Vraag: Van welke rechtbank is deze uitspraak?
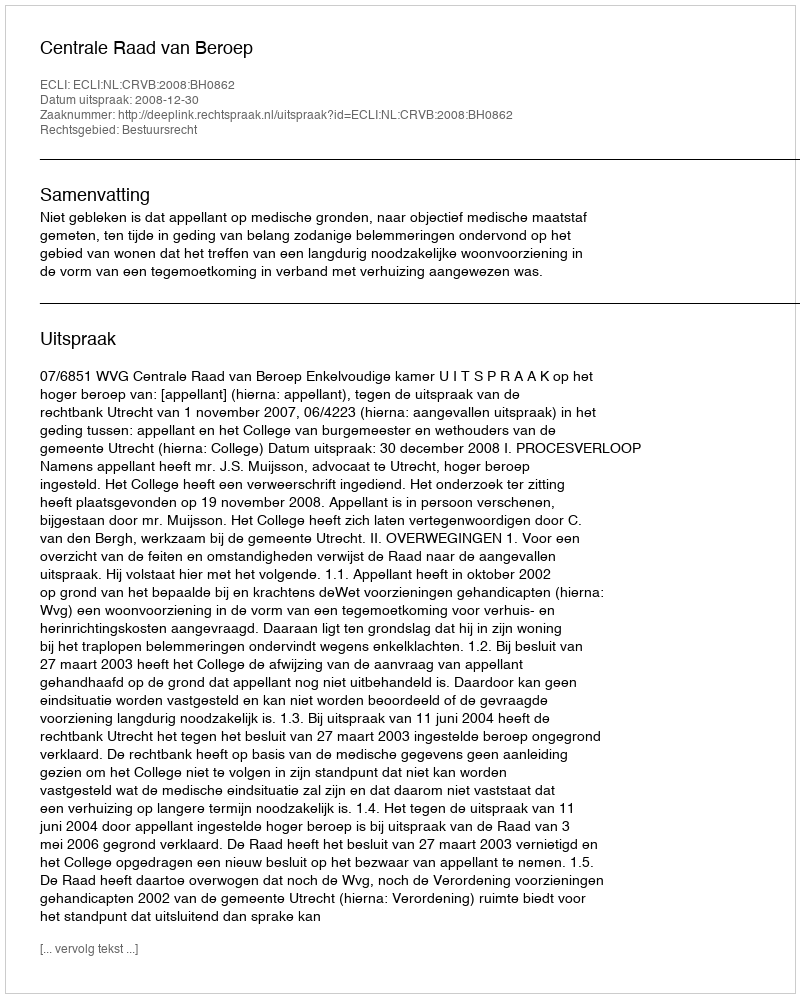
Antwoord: Centrale Raad van Beroep